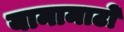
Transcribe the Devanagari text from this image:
यामामाटो